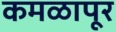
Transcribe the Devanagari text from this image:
कमळापूर